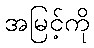
အမြင့်ကို